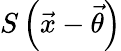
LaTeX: S\left(\vec{x}-\vec{\theta}\right)